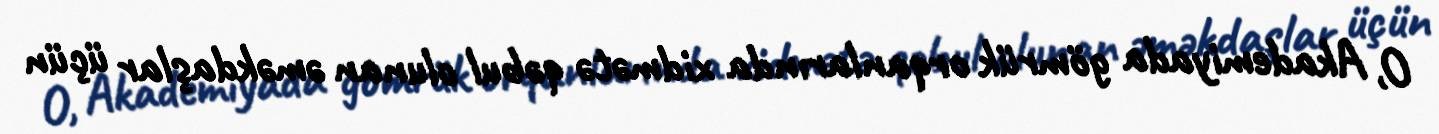
O, Akademiyada gömrük orqanlarında xidmətə qəbul olunan əməkdaşlar üçün